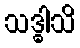
သဒ္ဓါသိ